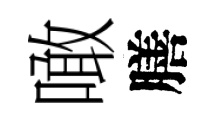
噉膳